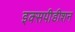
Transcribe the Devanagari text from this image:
इक्सपीडीशन